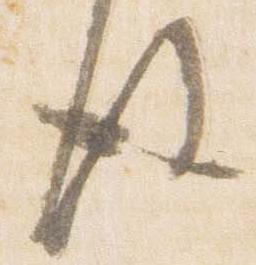
後